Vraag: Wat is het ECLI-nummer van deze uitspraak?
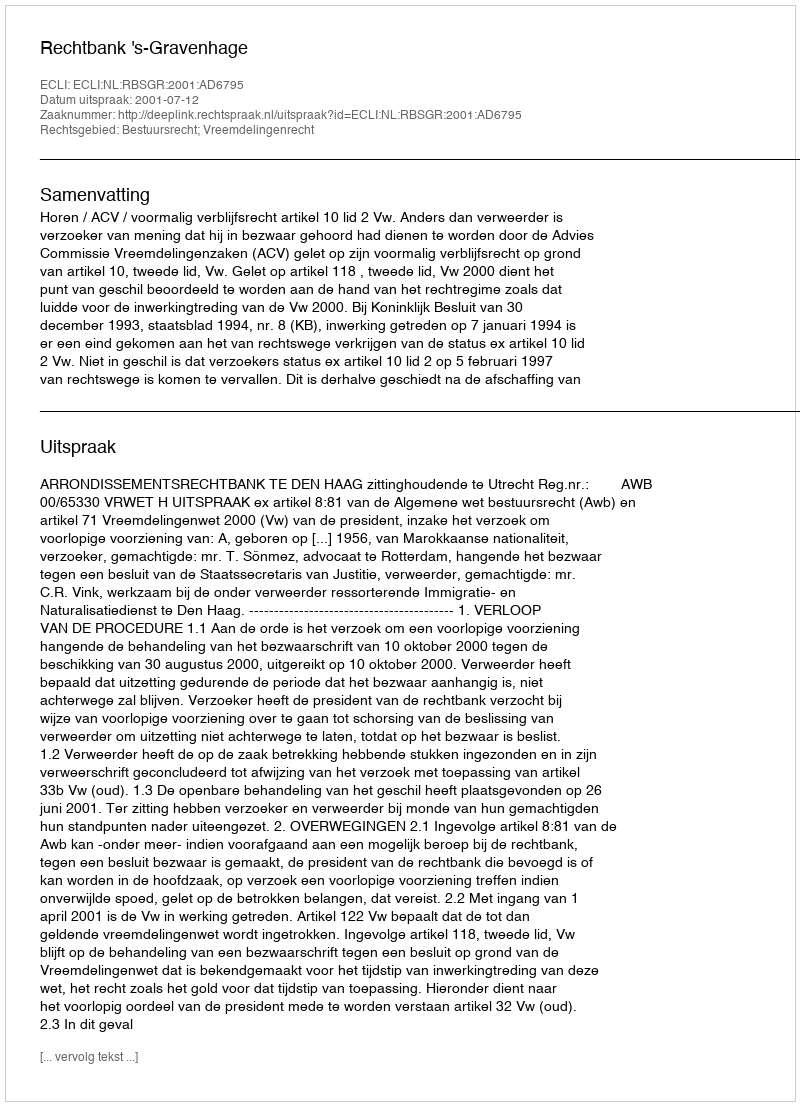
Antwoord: ECLI:NL:RBSGR:2001:AD6795